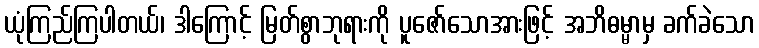
ယုံကြည်ကြပါတယ်၊ ဒါကြောင့် မြတ်စွာဘုရားကို ပူဇော်သောအားဖြင့် အဘိဓမ္မာမှ ခက်ခဲသော